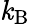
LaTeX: \mathit{k}_{\mathrm{{{B}}}}